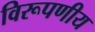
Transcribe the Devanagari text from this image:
विरूपणीय